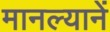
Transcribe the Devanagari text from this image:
मानल्यानें